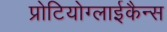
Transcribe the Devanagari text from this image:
प्रोटियोग्लाईकैन्स